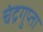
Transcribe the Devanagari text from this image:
चंद्रगुप्ता